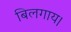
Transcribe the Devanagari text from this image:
बिलगाय।